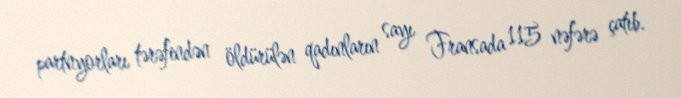
partnyorları tərəfindən öldürülən qadınların sayı Fransada 115 nəfərə çatıb.